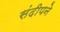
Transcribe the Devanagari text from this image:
संदीपने